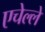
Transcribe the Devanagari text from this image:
एचेल्ले